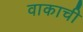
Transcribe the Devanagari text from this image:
वाकाची